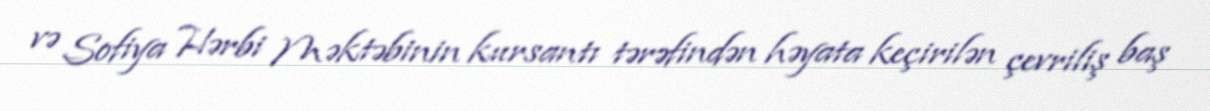
və Sofiya Hərbi Məktəbinin kursantı tərəfindən həyata keçirilən çevriliş baş